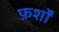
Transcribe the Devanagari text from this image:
फ़र्शों